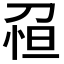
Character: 𠝗